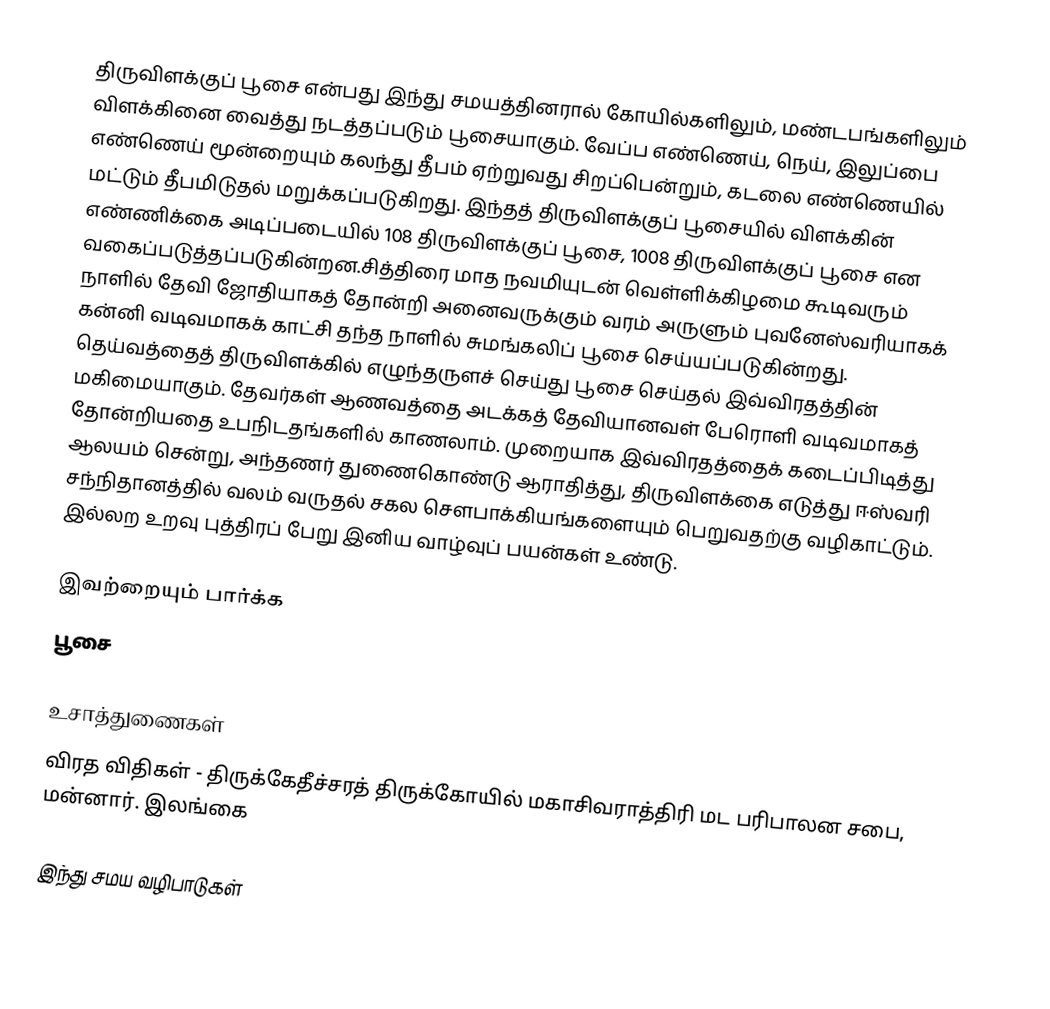
திருவிளக்குப் பூசை என்பது இந்து சமயத்தினரால் கோயில்களிலும், மண்டபங்களிலும் விளக்கினை வைத்து நடத்தப்படும் பூசையாகும். வேப்ப எண்ணெய், நெய், இலுப்பை எண்ணெய் மூன்றையும் கலந்து தீபம் ஏற்றுவது சிறப்பென்றும், கடலை எண்ணெயில் மட்டும் தீபமிடுதல் மறுக்கப்படுகிறது.  இந்தத் திருவிளக்குப் பூசையில் விளக்கின் எண்ணிக்கை அடிப்படையில் 108 திருவிளக்குப் பூசை, 1008 திருவிளக்குப் பூசை என வகைப்படுத்தப்படுகின்றன.சித்திரை மாத நவமியுடன் வெள்ளிக்கிழமை கூடிவரும் நாளில் தேவி ஜோதியாகத் தோன்றி அனைவருக்கும் வரம் அருளும் புவனேஸ்வரியாகக் கன்னி வடிவமாகக் காட்சி தந்த நாளில் சுமங்கலிப் பூசை செய்யப்படுகின்றது. தெய்வத்தைத் திருவிளக்கில் எழுந்தருளச் செய்து பூசை செய்தல் இவ்விரதத்தின் மகிமையாகும். தேவர்கள் ஆணவத்தை அடக்கத் தேவியானவள் பேரொளி வடிவமாகத் தோன்றியதை உபநிடதங்களில் காணலாம். முறையாக இவ்விரதத்தைக் கடைப்பிடித்து ஆலயம் சென்று, அந்தணர் துணைகொண்டு ஆராதித்து, திருவிளக்கை எடுத்து ஈஸ்வரி சந்நிதானத்தில் வலம் வருதல் சகல செளபாக்கியங்களையும் பெறுவதற்கு வழிகாட்டும். இல்லற உறவு புத்திரப் பேறு இனிய வாழ்வுப் பயன்கள் உண்டு.

இவற்றையும் பார்க்க
 பூசை

உசாத்துணைகள்
 விரத விதிகள் - திருக்கேதீச்சரத் திருக்கோயில் மகாசிவராத்திரி மட பரிபாலன சபை, மன்னார். இலங்கை

இந்து சமய வழிபாடுகள்